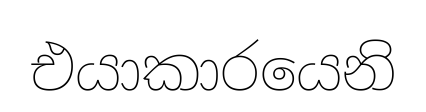
එයාකාරයෙනි